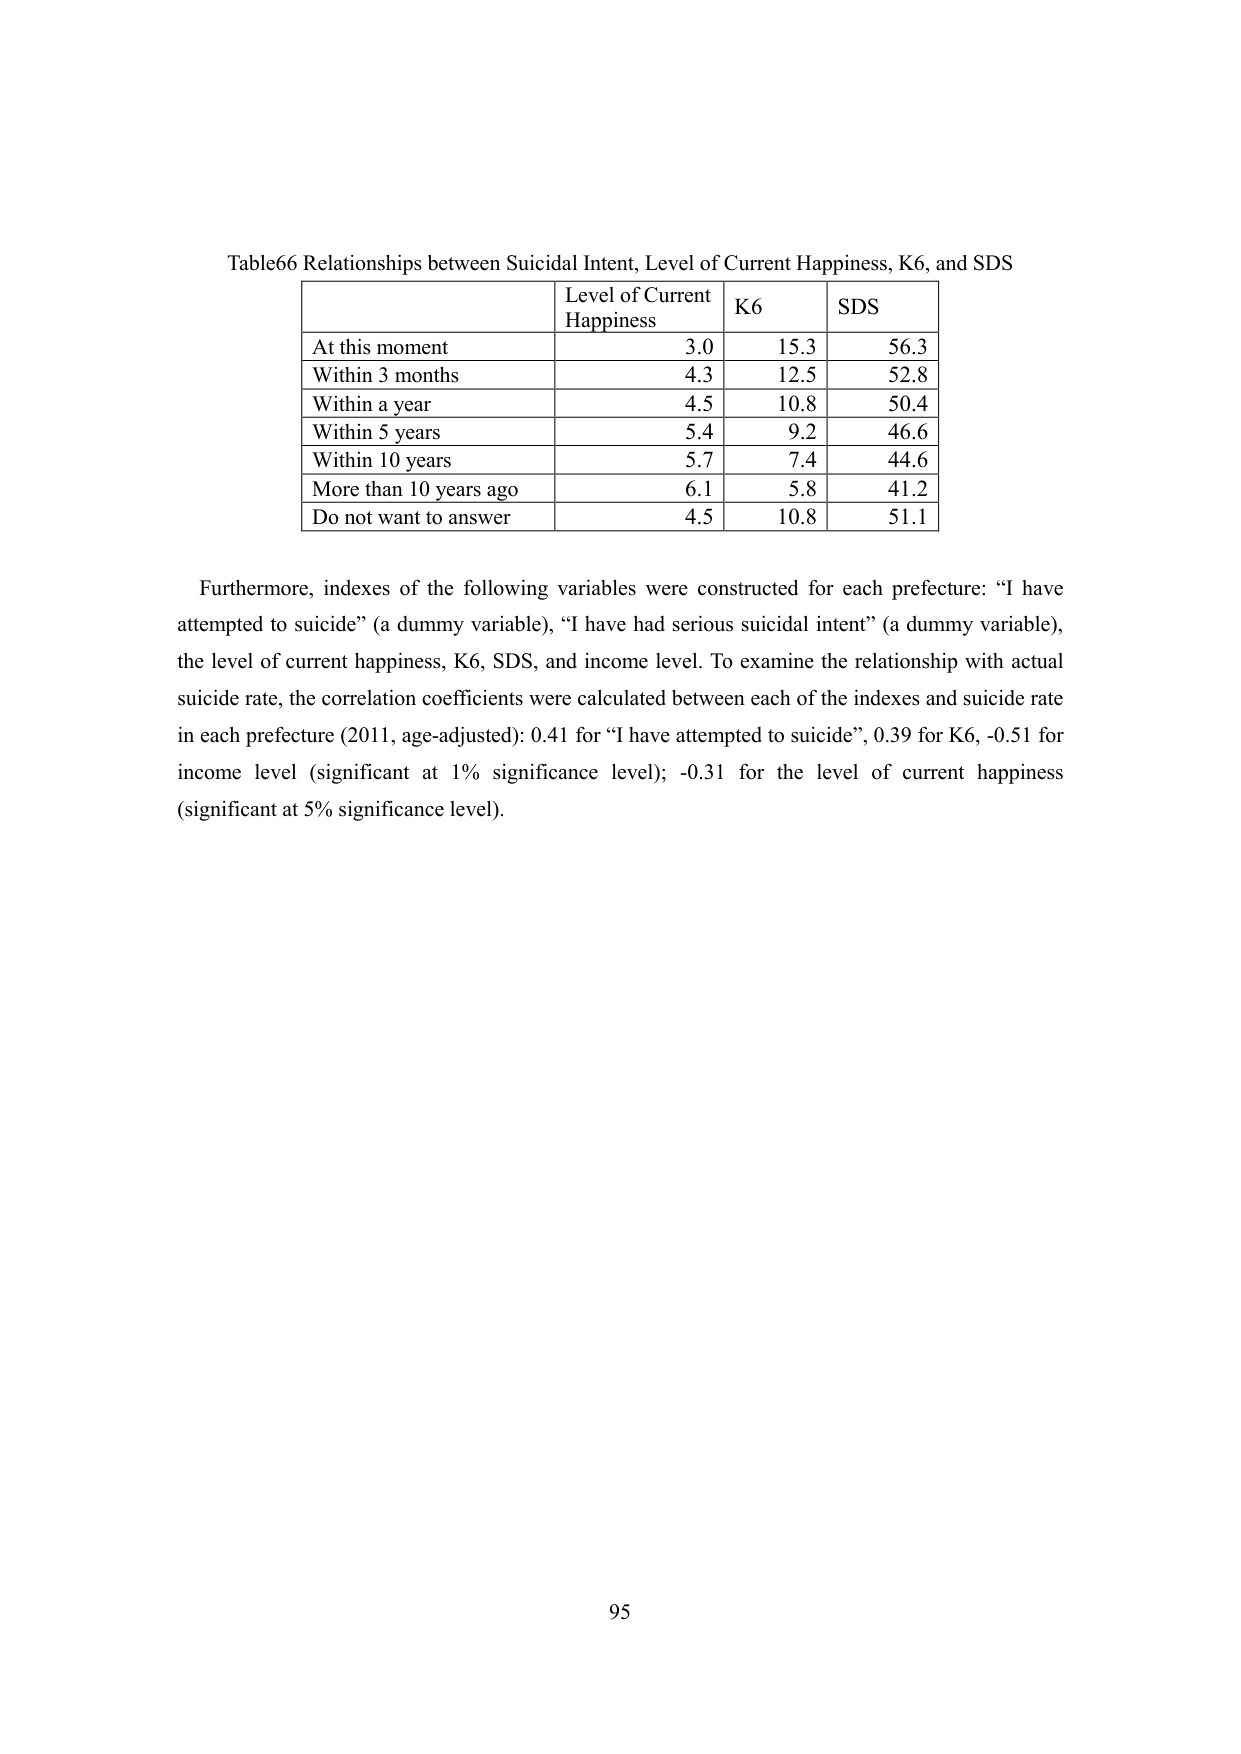
Table66 Relationships between Suicidal Intent, Level of Current Happiness, K6, and SDS

Level of Current Happiness    K6    SDS
At this moment                3.0   15.3   56.3
Within 3 months              4.3   12.5   52.8
Within a year                4.5   10.8   50.4
Within 5 years               5.4   9.2    46.6
Within 10 years              5.7   7.4    44.6
More than 10 years ago       6.1   5.8    41.2
Do not want to answer        4.5   10.8   51.1

Furthermore, indexes of the following variables were constructed for each prefecture: “I have attempted to suicide” (a dummy variable), “I have had serious suicidal intent” (a dummy variable), the level of current happiness, K6, SDS, and income level. To examine the relationship with actual suicide rate, the correlation coefficients were calculated between each of the indexes and suicide rate in each prefecture (2011, age-adjusted): 0.41 for “I have attempted to suicide”, 0.39 for K6, -0.51 for income level (significant at 1% significance level); -0.31 for the level of current happiness (significant at 5% significance level).

95